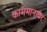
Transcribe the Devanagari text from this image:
काममानावर